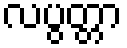
လပွတ္တာ